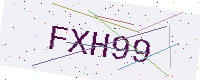
Text: FXH99